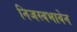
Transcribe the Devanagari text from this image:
निजस्वभावेन